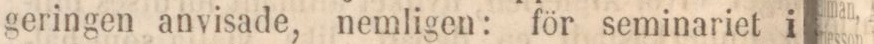
geringen anvisade, nemligen: för seminariet i